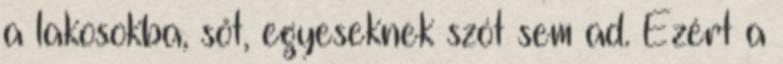
a lakosokba, sőt, egyeseknek szót sem ad. Ezért a